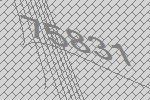
75831